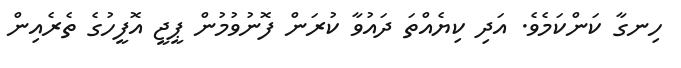
ހިނގާ ކަންކަމެވެ. އަދި ކިޔެއްތަ ދައުވާ ކުރަން ފޮނުވުމުން ޕީޖީ އޮފީހުގެ ތެރެއިން